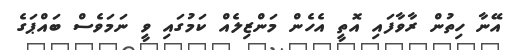
އޭނާ ހިތުން ރާވާފައި އޮތީ އެހެން މަންޒިލެއް ކަމުގައި ވީ ނަމަވެސް ބައްޕަގެ